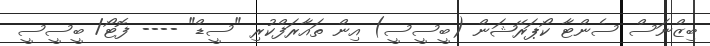
ބިޒްނަސް ސެންޓާ ކޯޕަރޭޝަން (ބީސީސީ) އިން ތައާރަފްކުރި "ސީޑް" ---- ފޮޓޯ/ ބީސީސީ